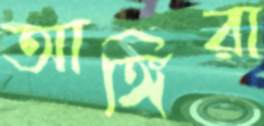
আঙ্গিরা